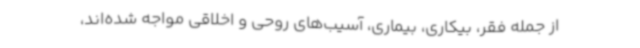
از جمله فقر، بیکاری، بیماری، آسیب‌های روحی و اخلاقی مواجه شده‌اند،